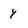
Character: y